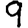
Digit: 9